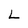
Character: L